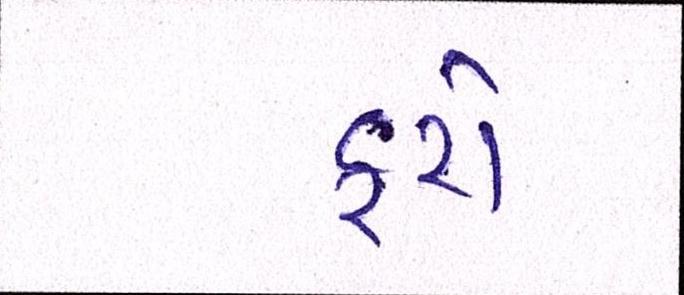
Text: ફરો